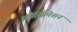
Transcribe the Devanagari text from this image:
एमैन्सिपेशन